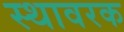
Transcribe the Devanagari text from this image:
स्थावरक